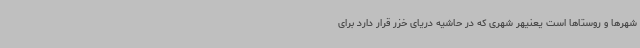
شهرها و روستاها است یعنیهر شهری که در حاشیه دریای خزر قرار دارد برای